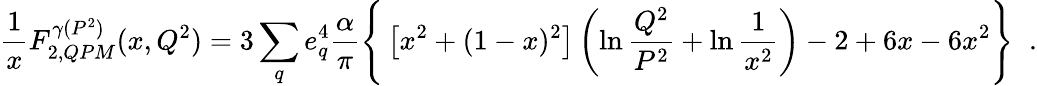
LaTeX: \frac{1}{x}F_{2,QPM}^{\gamma(P^{2})}(x,Q^{2})=3\sum_{q}e_{q}^{4}\frac{\alpha}{\pi}\Bigg\{ \left[x^{2}+(1-x)^{2}\right]\left(\ln\frac{Q^{2}}{P^{2}}+\ln\frac{1}{x^{2}}\right)-2+6x-6x^{2}\Bigg\} \; \; .